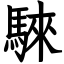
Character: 騋